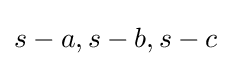
s-a,s-b,s-c